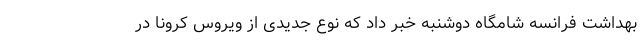
بهداشت فرانسه شامگاه دوشنبه خبر داد که نوع جدیدی از ویروس کرونا در